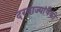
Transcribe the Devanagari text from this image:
दरवाज्यांपैकी